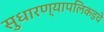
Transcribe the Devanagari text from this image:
सुधारण्यापलिकडचे